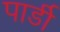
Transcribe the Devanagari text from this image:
पार्डी